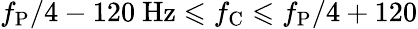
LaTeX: f_{\mathrm{P}}/4-120~\mathrm{Hz}\leqslant f_{\mathrm{C}}\leqslant f_{\mathrm{P}}/4+120